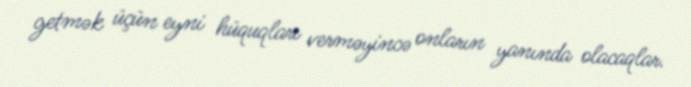
getmək üçün eyni hüquqları verməyincə onların yanında olacaqlar.